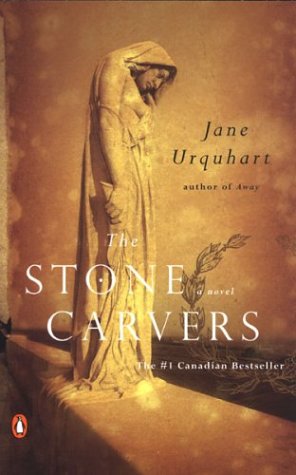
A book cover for The Stone Carvers; Jane Urquhart; Literature & Fiction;